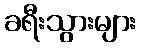
ခရီးသွားများ